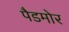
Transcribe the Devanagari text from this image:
पैडमोर